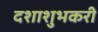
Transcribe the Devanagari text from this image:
दशाशुभकरी